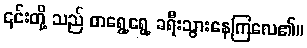
၎င်းတို့ သည် တရွေ့ရွေ့ ခရီးသွားနေကြလေ၏။